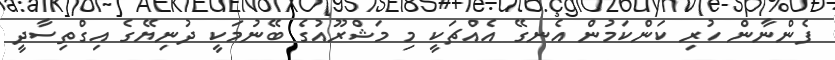
ފެންނާން ހުރި ކަންކަމުން އެނގޭ އެއްޗަކީ މި މަޝްރޫއުގެ ބޭނުމަކީ ދުނިޔޭގެ އިގްތިސާދީ